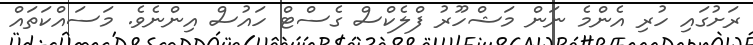
ރަށުގައި ހުރި އެންމެ ނަން މަޝްހޫރު ފްލެކްސް ގެސްޓް ހައުސް އިންނެވެ. މަސައްކަތައް